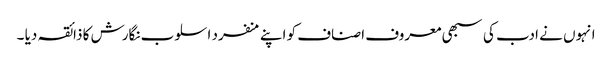
انہوں نے ادب کی سبھی معروف اصناف کو اپنے منفرد اسلوب نگارش کا ذائقہ دیا ۔